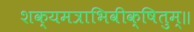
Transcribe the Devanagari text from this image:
शक्यमत्राभिवीक्षितुम्॥